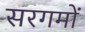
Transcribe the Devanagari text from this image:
सरगमों